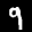
Label: 9